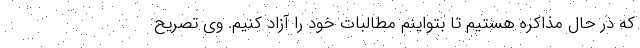
که در حال مذاکره هستیم تا بتواینم مطالبات خود را آزاد کنیم. وی تصریح